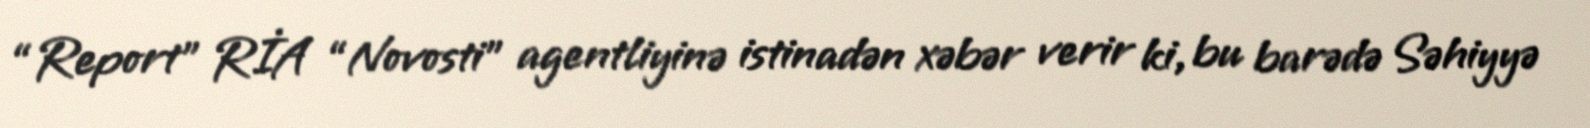
“Report” RİA “Novosti” agentliyinə istinadən xəbər verir ki, bu barədə Səhiyyə